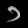
Digit: ၁